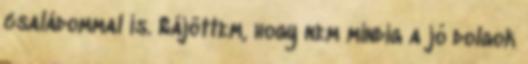
családommal is. Rájöttem, hogy nem mindig a jó dolgok